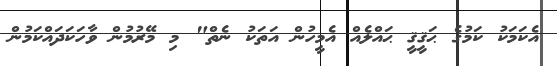
އެކަމަކު ކަމުގެ ޙަޤީޤީ ޙައްލެއް އެމީހުން އަތަކު ނެތް" މި މޭރުމުން ވާހަކަދައްކަމުން